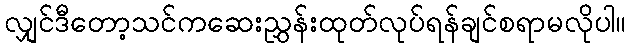
လျှင်ဒီတော့သင်ကဆေးညွှန်းထုတ်လုပ်ရန်ချင်စရာမလိုပါ။